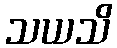
သယသိ